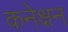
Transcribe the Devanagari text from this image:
कनेक्षन